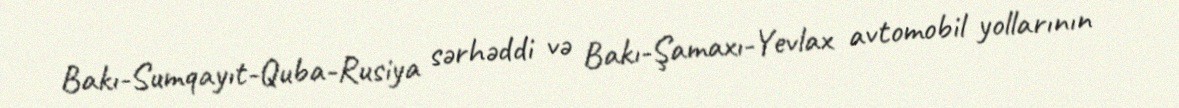
Bakı-Sumqayıt-Quba-Rusiya sərhəddi və Bakı-Şamaxı-Yevlax avtomobil yollarının